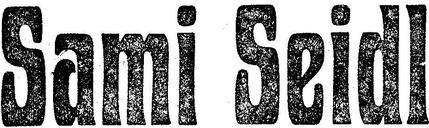
Sami Seidl